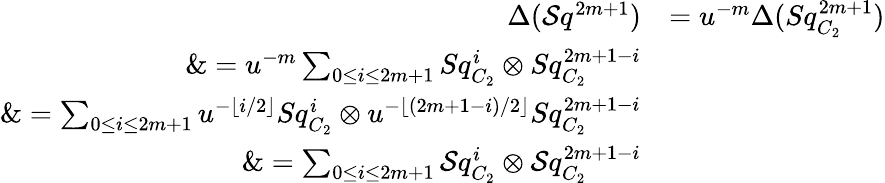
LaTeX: \begin{array}{rl}{\Delta(\mathcal{S}q^{2m+1})}&{=u^{-m}\Delta(Sq_{C_{2}}^{2m+1})}\\ {\& =u^{-m}\sum_{0\leq i\leq 2m+1}Sq_{C_{2}}^{i}\otimes Sq_{C_{2}}^{2m+1-i}}\\ {\& =\sum_{0\leq i\leq 2m+1}u^{-\lfloor i/2\rfloor}Sq_{C_{2}}^{i}\otimes u^{-\lfloor(2m+1-i)/2\rfloor}Sq_{C_{2}}^{2m+1-i}}\\ {\& =\sum_{0\leq i\leq 2m+1}\mathcal{S}q_{C_{2}}^{i}\otimes\mathcal{S}q_{C_{2}}^{2m+1-i}}\end{array}